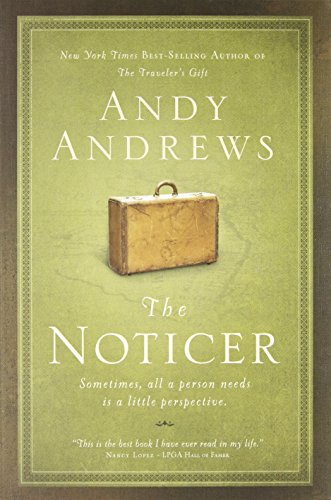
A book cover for The Noticer: Sometimes, all a person needs is a little perspective; Andy Andrews; Literature & Fiction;